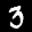
Label: 3